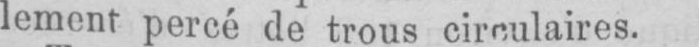
lement percé de trous circulaires.